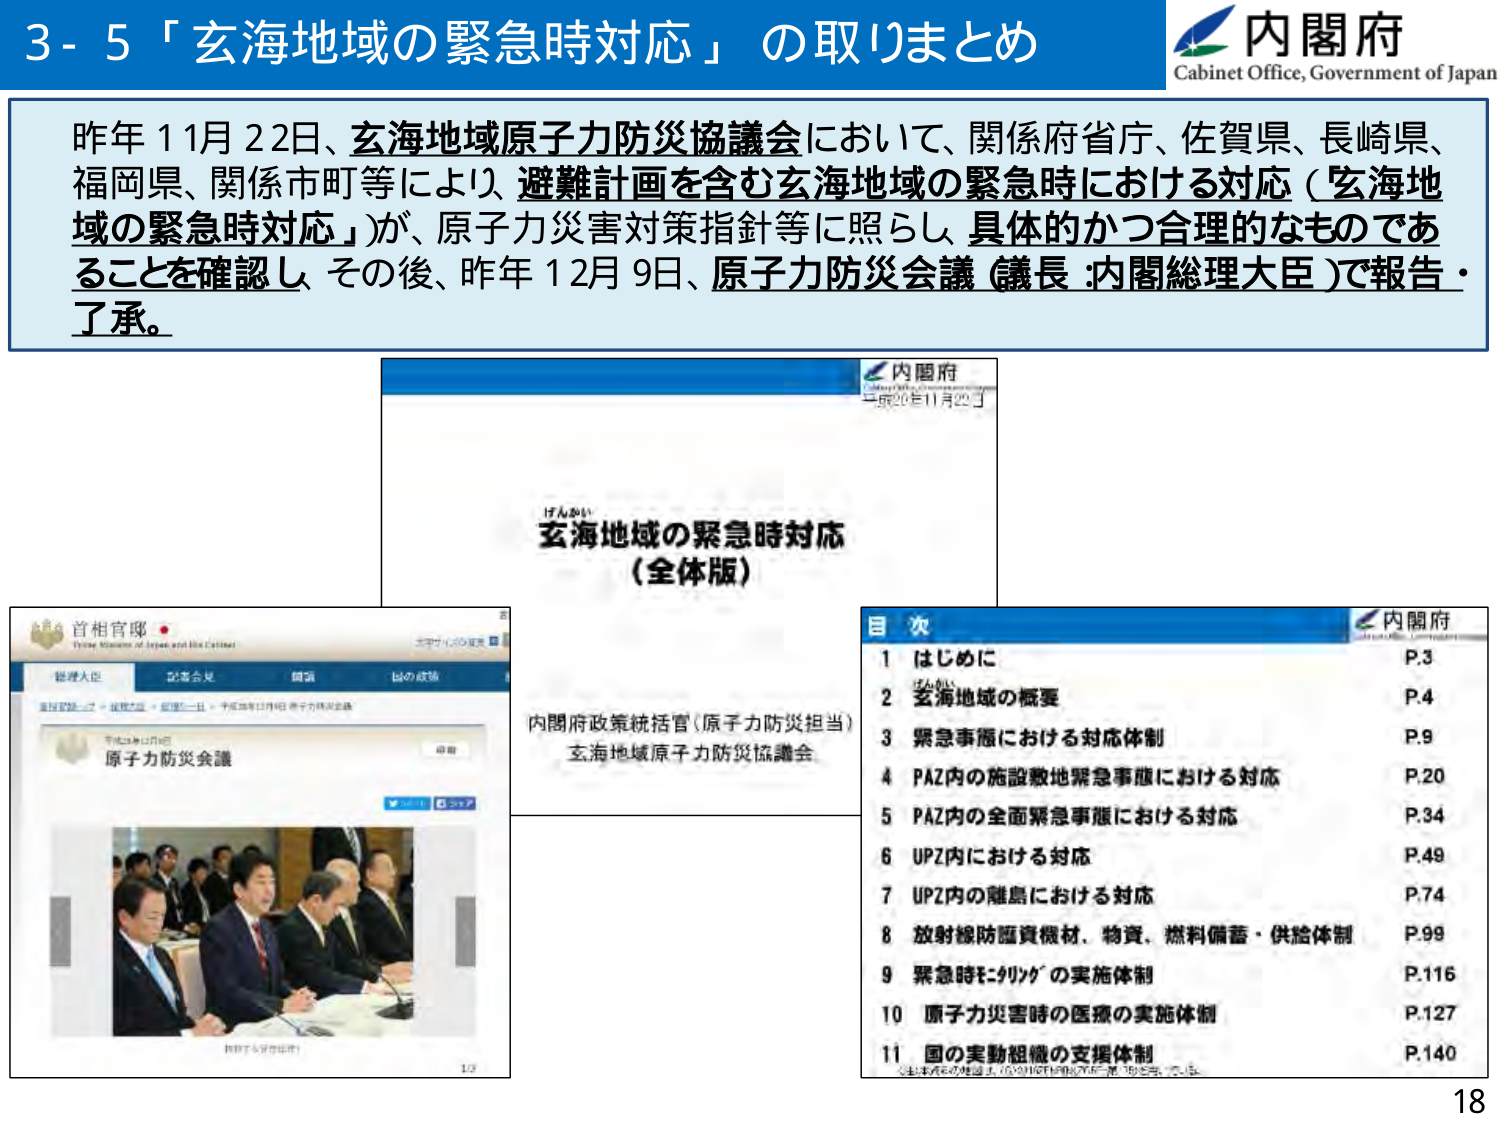
3-5「玄海地域の緊急時対応」の取りまとめ

内閣府
Cabinet Office, Government of Japan

昨年11月22日、玄海地域原子力防災協議会において、関係府省庁、佐賀県、長崎県、
福岡県、関係市町等により、避難計画を含む玄海地域の緊急時における対応（玄海地
域の緊急時対応）が、原子力災害対策指針等に照らし、具体的かつ合理的なものであ
ることを確認し、その後、昨年12月9日、原子力防災会議（議長：内閣総理大臣）で報告・
了承。

内閣府
平成26年11月22日

げんかい
玄海地域の緊急時対応
（全体版）

内閣府政策統括官（原子力防災担当）
玄海地域原子力防災協議会

首相官邸
Prime Minister of Japan and His Cabinet

総理大臣 記者会見 国会 国の政策

平成26年12月9日
原子力防災会議

内閣府
目 次

1 はじめに P.3
2 玄海地域の概要 P.4
3 緊急事態における対応体制 P.9
4 PAZ内の施設敷地緊急事態における対応 P.20
5 PAZ内の全面緊急事態における対応 P.34
6 UPZ内における対応 P.49
7 UPZ内の離島における対応 P.74
8 放射線防護資機材、物資、燃料備蓄・供給体制 P.99
9 緊急時にリンクの実施体制 P.116
10 原子力災害時の医療の実施体制 P.127
11 国の実動組織の支援体制 P.140

※本資料の掲載は、2014年12月9日原子力防災会議で了承

18